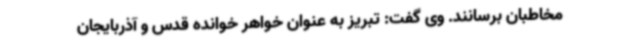
مخاطبان برسانند. وی گفت: تبریز به عنوان خواهر خوانده قدس و آذربایجان